Report on vaccination in the Province of Bengal - 1874-1889
Year: 1874
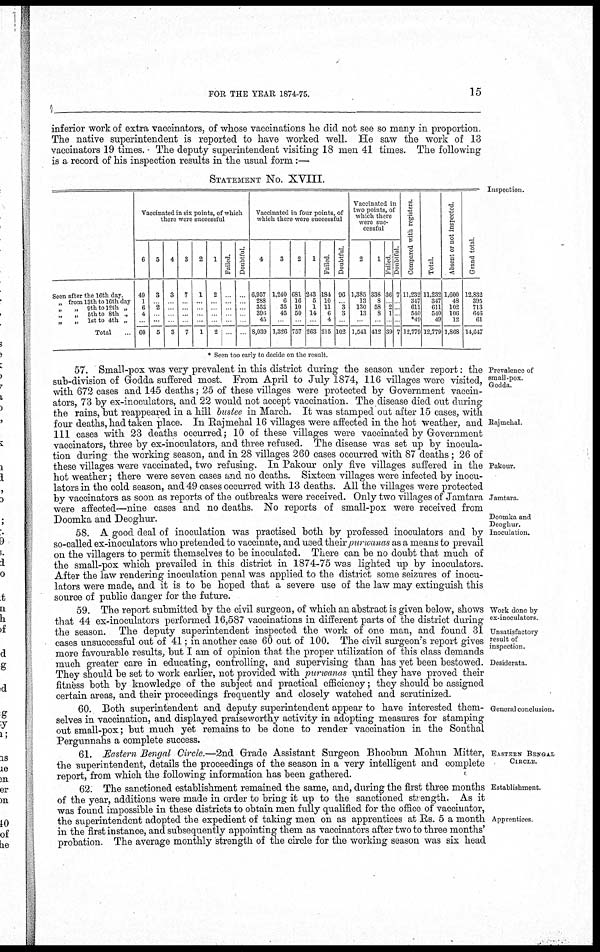
FOR THE YEAR 1874-75.
15
inferior work of extra vaccinators, of whose vaccinations he did not see so many in proportion.
The native superintendent is reported to have worked well. He saw the work of 13
vaccinators 19 times. The deputy superintendent visiting 18 men 41 times. The following
is a record of his inspection results in the usual form:—
STATEMENT No. XVIII.
Inspection.
Seen after the 16th day
„ from 13th to 16th day
„
„ 9th to 12th „
„
„ 5th to 8th „
„
„ 1st to 4th „
Total ...
Vaccinated in six points, of which
there were successful
6
49
1
6
4
...
60
5
3
...
2
...
...
5
4
3
...
...
...
...
3
3
7
...
...
...
...
7
2
1
...
...
...
...
1
1
2
...
...
...
...
2
Failed.
...
...
...
...
...
Doubtful
...
...
...
...
...
Vaccinated in four points, of
which there were successful
4
6,957
288
354
396
45
8,039
3
1,240
6
35
45
...
1,326
2
681
16
10
50
...
757
1
243
5
1
14
...
263
Failed
184
10
11
6
4
215
Doubtful
96
...
3
3
...
102
Vaccinated in
two points, of
which there
were suc-
cessful
2
1,385
13
130
13
...
1,541
1
338
8
58
8
...
412
Failed
36
2
1
...
39
Doubtful
7
...
...
...
...
7
Compared with registers
11,232
317
611
540
*49
12,779
Total.
11,232
847
611
540
49
12,779
Absent or not inspected.
1,600
48
102
106
12
1,868
Grand total.
12,832
395
713
646
61
14,647
* Seen too early to decide on the result
Prevalence of
small-pox.
Godda.
Rajmehal.
Pakour.
Jamtara.
57. Small-pox was very prevalent in this district during the season under report: the
sub-division of Godda suffered most. From April to July 1874, 116 villages were visited,
with 672 cases and 145 deaths; 25 of these villages were protected by Government vaccin-
ators, 73 by ex-inoculators, and 22 would not accept vaccination. The disease died out during
the rains, but reappeared in a hill bustee in March. It was stamped out after 15 cases, with
four deaths, had taken place. In Rajmehal 16 villages were affected in the hot weather, and
111 cases with 23 deaths occurred; 10 of these villages were vaccinated by Government
vaccinators, three by ex-inoculators, and three refused. The disease was set up by inocula-
tion during the working season, and in 28 villages 260 cases occurred with 87 deaths ; 26 of
these villages were vaccinated, two refusing. In Pakour only five villages suffered in the
hot weather; there were seven cases and no deaths. Sixteen villages were infected by inocu¬
lators in the cold season, and 49 cases occurred with 13 deaths. All the villages were protected
by vaccinators as soon as reports of the outbreaks were received. Only two villages of Jamtara
were affected—nine cases and no deaths. No reports of small-pox were received from
Doomka and Deoghur.
Doomka and
Deoghur.
Inoculation.
58. A good deal of inoculation was practised both by professed inoculators and by
so-called ex-inoculators who pretended to vaccinate, and used their purwanas as a means to prevail
on the villagers to permit themselves to be inoculated. There can be no doubt that much of
the small-pox which prevailed in this district in 1874-75 was lighted up by inoculators.
After the law rendering inoculation penal was applied to the district some seizures of inocu-
lators were made, and it is to be hoped that a severe use of the law may extinguish this
source of public danger for the future.
Work done by
ex-inoculators
Unsatisfactory
result of
inspection.
Desiderata.
59. The report submitted by the civil surgeon, of which an abstract is given below, shows
that 44 ex-inoculators performed 16,587 vaccinations in different parts of the district during
the season. The deputy superintendent inspected the work of one man, and found 31
cases unsuccessful out of 41; in another case 60 out of 100. The civil surgeon's report gives
more favourable results, but I am of opinion that the proper utilization of this class demands
much greater care in educating, controlling, and supervising than has yet been bestowed.
They should be set to work earlier, not provided with purwanas until they have proved their
fitness both by knowledge of the subject and practical efficiency; they should be assigned
certain areas, and their proceedings frequently and closely watched and scrutinized.
General conclusion.
60. Both superintendent and deputy superintendent appear to have interested them-
selves in vaccination, and displayed praiseworthy activity in adopting measures for stamping
out small-pox; but much yet remains to be done to render vaccination in the Sonthal
Pergrunnahs a complete success.
EASTERN BENGAL
CIRCLE.
61. Eastern Bengal Circle.—2nd Grade Assistant Surgeon Bhoobun Mohun Mitter,
the superintendent, details the proceedings of the season in a very intelligent and complete
report, from which the following information has been gathered.
Establishment.
Apprentices.
62. The sanctioned establishment remained the same, and, during the first three months
of the year, additions were made in order to bring it up to the sanctioned strength. As it
was found impossible in these districts to obtain men fully qualified for the office of vaccinator,
the superintendent adopted the expedient of taking men on as apprentices at Rs. 5 a month
in the first instance, and subsequently appointing them as vaccinators after two to three months'
probation. The average monthly strength of the circle for the working season was six head